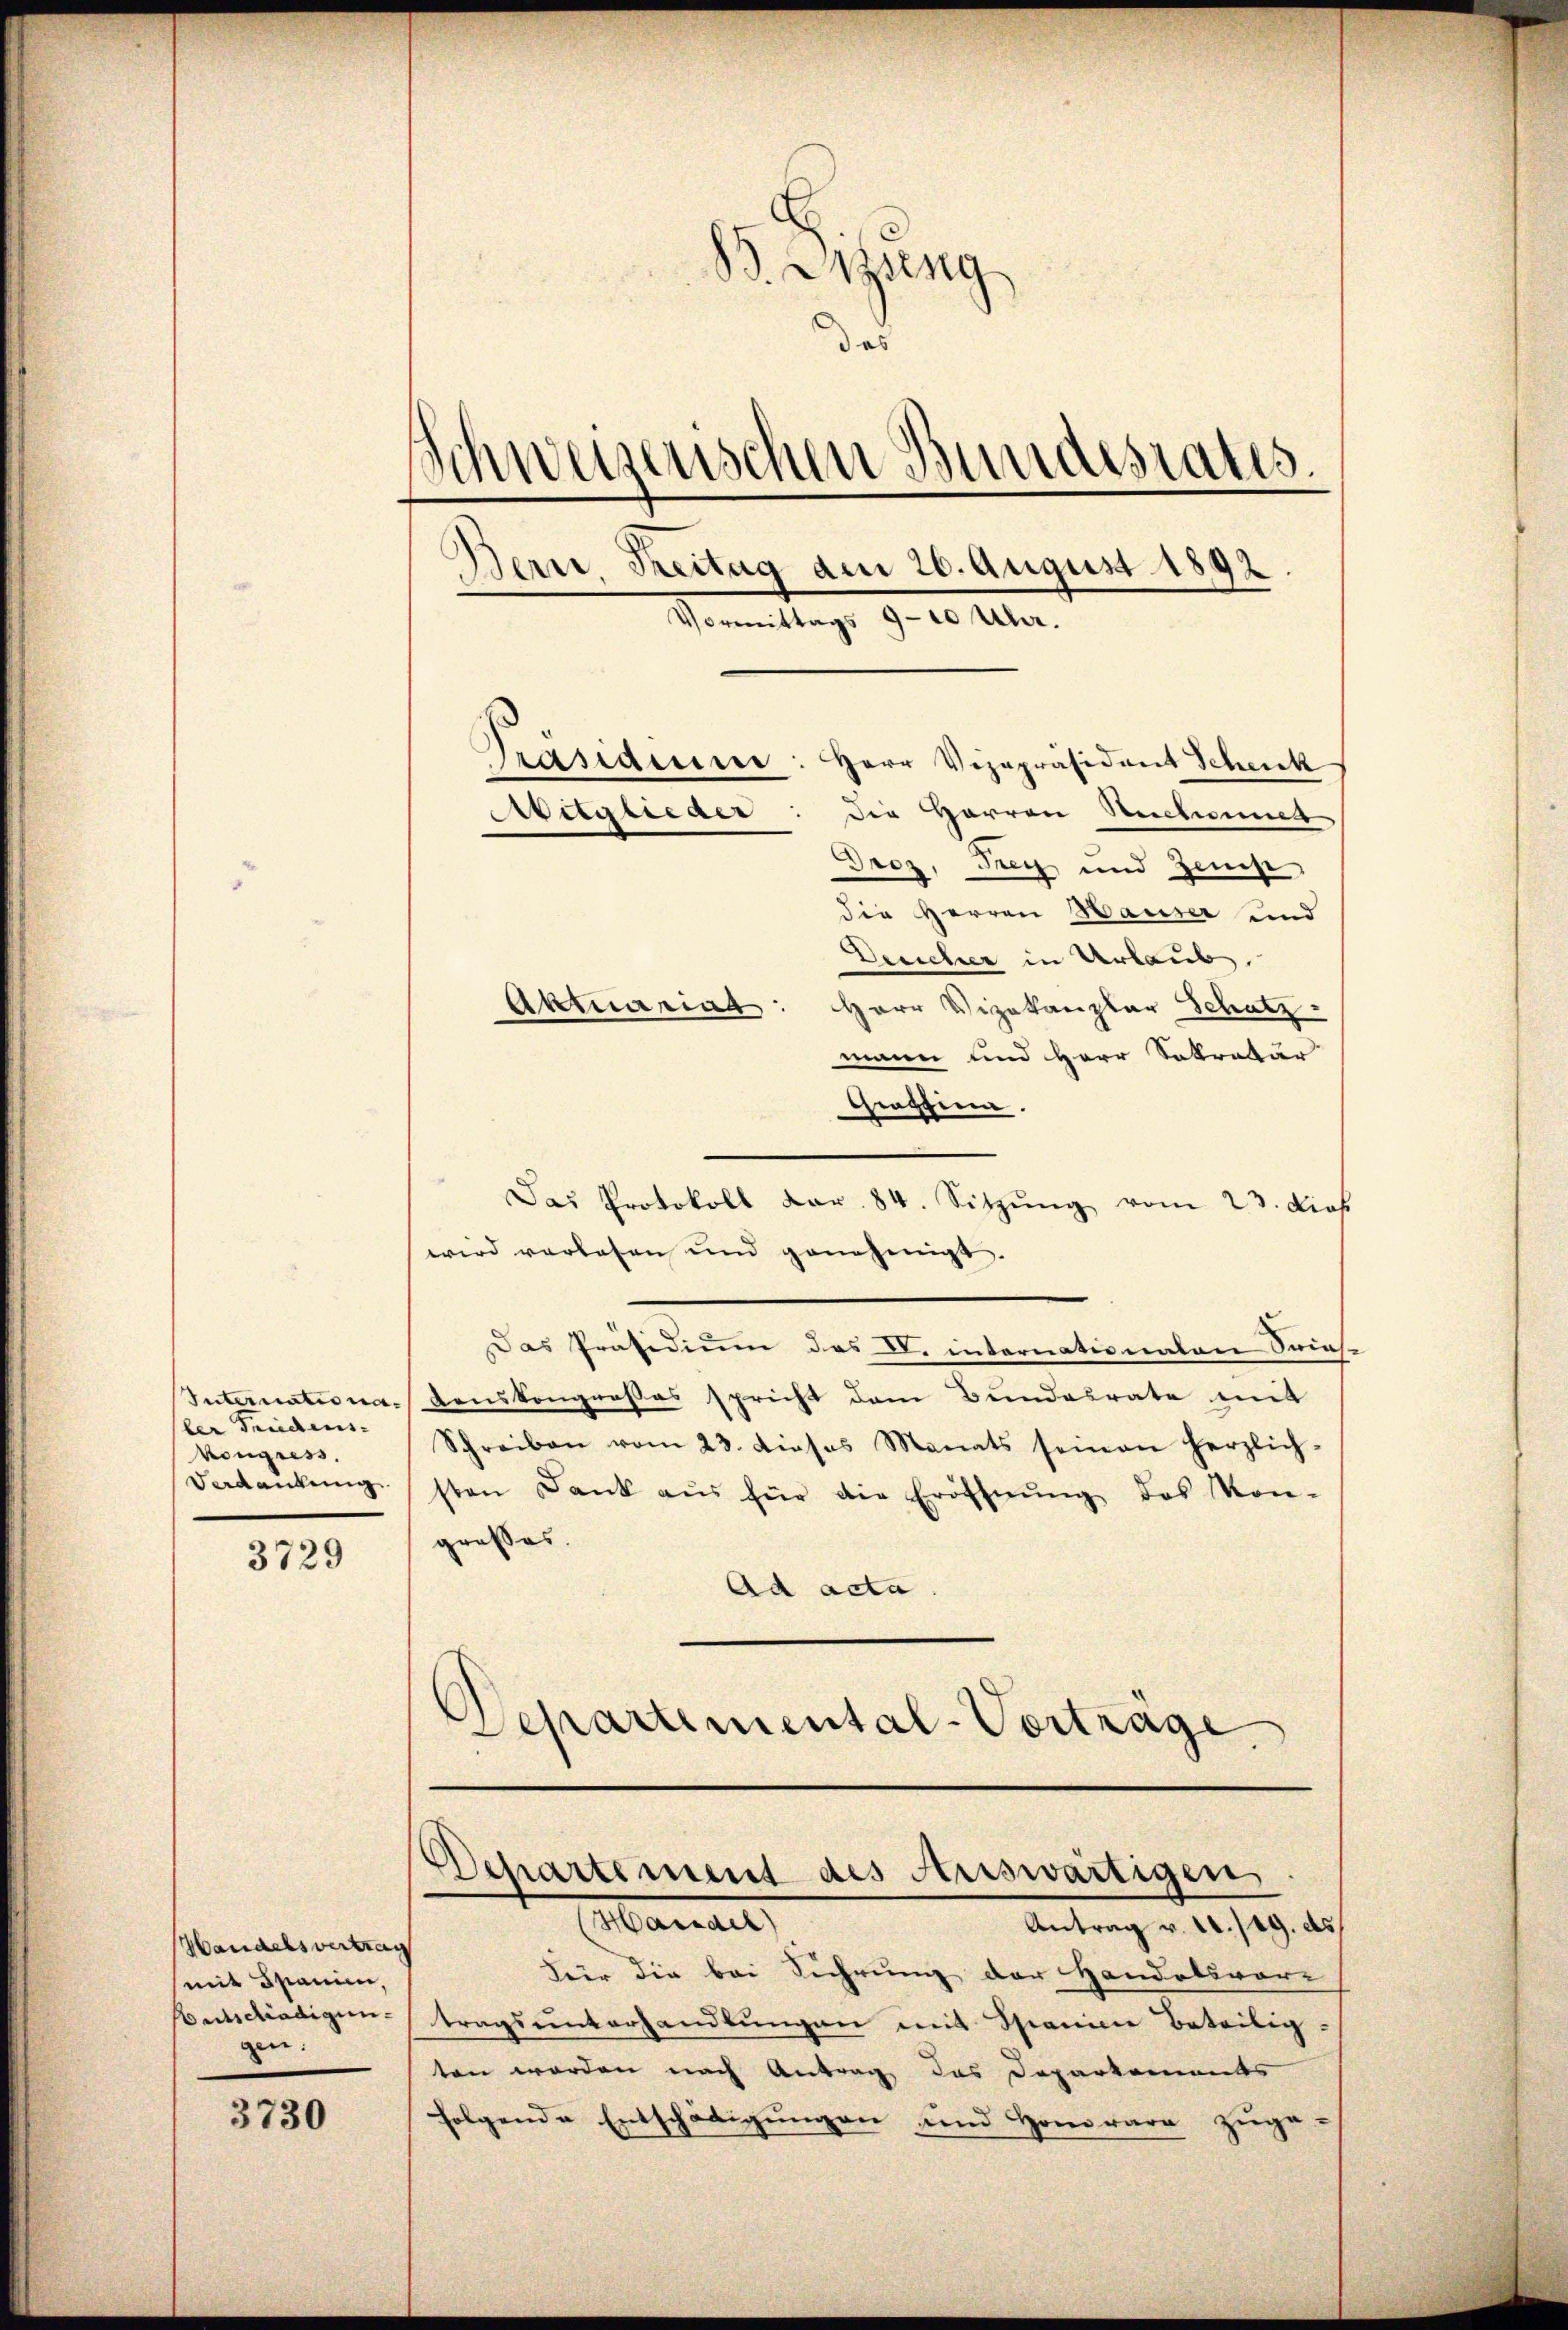
ler Friedens-
kongress
Verdankung

3729

Handelsvertrag
(mit Spanien,
Entschädigungen.

3730

B. Wizung
das
Schweizerischen Bundesrates.
Dern, Freitag am 26. August 1892.
Vormittags 9-10 Uhr.
Präsiden: Herr Vizepräsident Schenk
Die Herren Rechnen
Aritglieder
Droz, Frey und Zei

die Herren Hauser und
Deucher in Urlaub.
Herr Vizekanzlar Schatz
mann und Herr Sekretär
Grassina.
Das Protokoll dar. 84. Sitzŭng vom 23. dies
wird verlesen und genehmigt,
Das Präsidium des V. internationalen Series¬
Internationa-Konskongroßes spricht dem Bundesrate mit
Schreiben vom 23. dieses Monats seinen herzlich-
sten Dank aŭs für die Eröffnŭng des Kon-
grosses.
Ad acta
.
Departemental-Vorträge

Akmariat

Departement des Auswärtigen
Handel
Antrag v. 12./19. ds

Feir die bei Führung der Handelsvor-
tragsunterhandlungen mit Spanien Beteilig-
ten worden nach Antrag das Departements
folgende Entschädigungen und Honorare zuge-